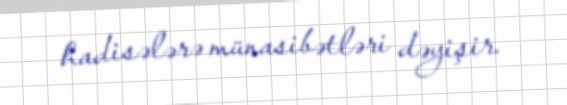
hadisələrə münasibətləri dəyişir.